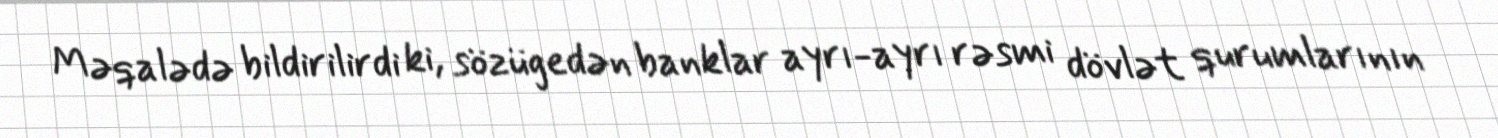
Məqalədə bildirilirdi ki, sözügedən banklar ayrı-ayrı rəsmi dövlət qurumlarının